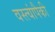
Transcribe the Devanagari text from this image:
वस्त्यांपैकी